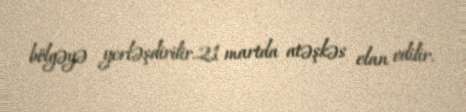
bölgəyə yerləşdirilir.21 martda atəşkəs elan edilir.